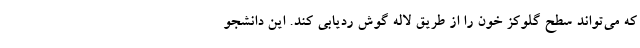
که می‌تواند سطح گلوکز خون را از طریق لاله گوش ردیابی کند. این دانشجو